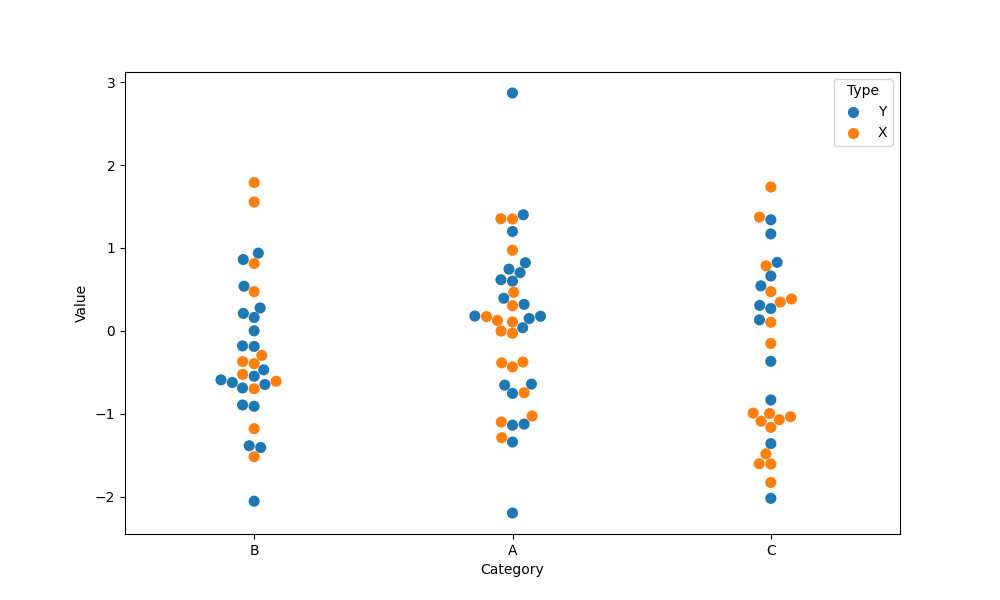
python, seaborn, swarmplot, dodge=False, alpha=1.0, size=8